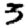
Digit: 3